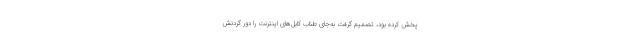
پخش کرده بود، تصمیم گرفت به‌جای طناب کابل‌های اینترنت را دور گردنش